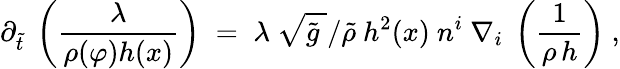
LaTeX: \partial_{\tilde{t}}\ \left(\frac{\lambda}{\rho(\varphi)h(x)}\right)\; =\; \lambda\ \sqrt{\tilde{g}\; }/\tilde{\rho}\ h^{2}(x)\ n^{i}\ \nabla_{i}\ \left(\frac{1}{\rho\, h}\right)\ ,